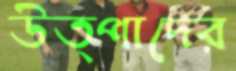
উত্পাদের